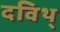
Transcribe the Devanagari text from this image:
दविथ्